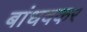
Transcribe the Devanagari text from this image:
बांधवकर